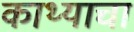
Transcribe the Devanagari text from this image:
काथ्याचा